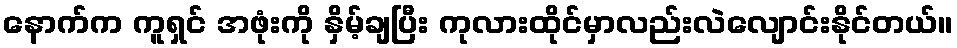
နောက်က ကူရှင် အဖုံးကို နှိမ့်ချပြီး ကုလားထိုင်မှာလည်းလဲလျောင်းနိုင်တယ်။